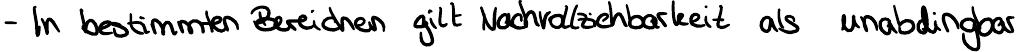
- In bestimmten Bereichen gilt Nachvollziehbarkeit als unabdingbar